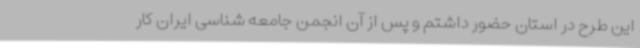
این طرح در استان حضور داشتم و پس از آن انجمن جامعه شناسی ایران کار